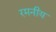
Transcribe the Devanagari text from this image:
रमनीय